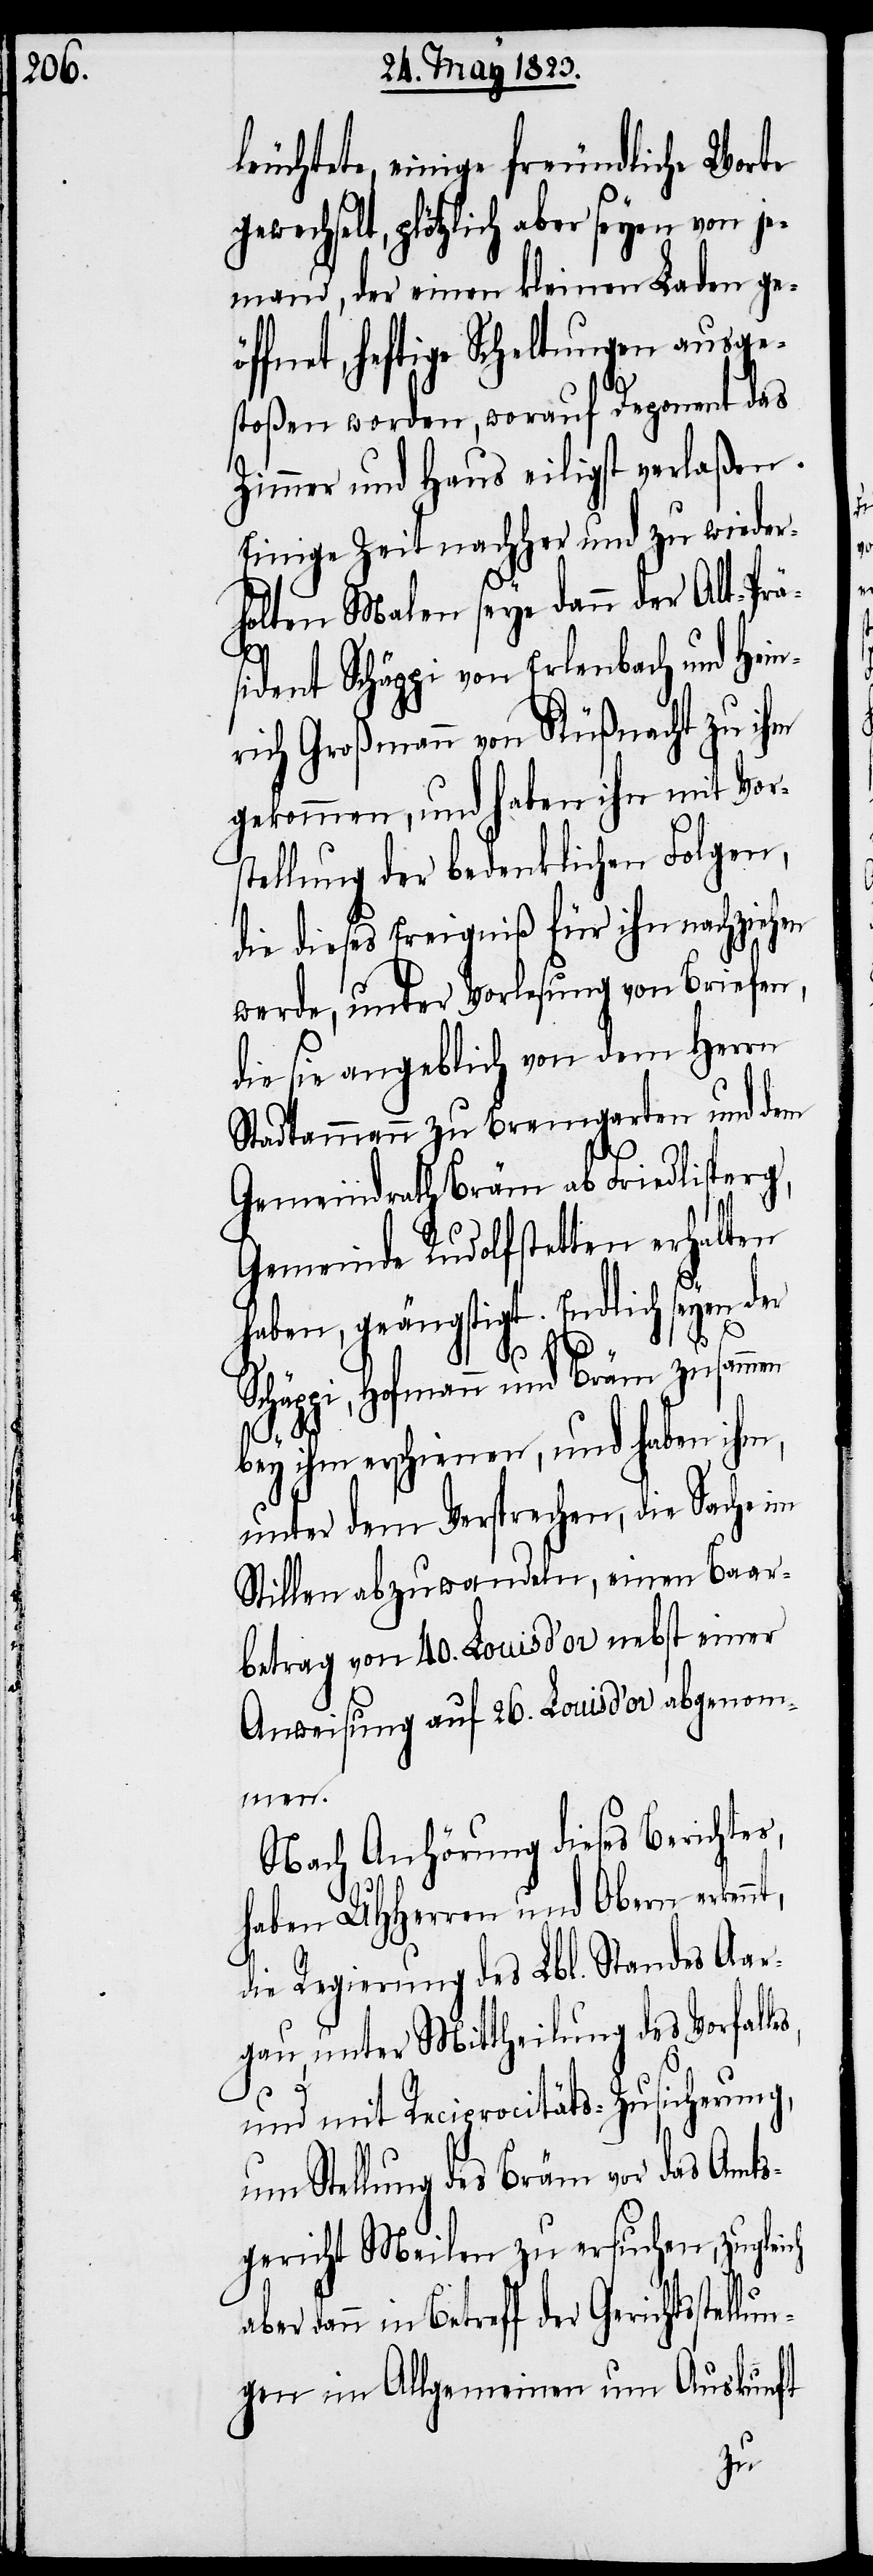
leuchtete, einige freundliche Worte
gewechselt, plötzlich aber seyen von je¬
mand, der einen kleinen Laden ge¬
öffnet, heftige Scheltungen ausge¬
stoßen worden, worauf Deponent das
Zimmer und Haus eiligst verlaßen.
Einige Zeit nachher und zu wieder¬
holten Malen seye dann der Alt-Prä¬
lun¬
sident Schäppi von Erlenbach und Hein¬
rich Großmann von Küßnacht zu ihm
gekommen, und haben ihn mit Vor¬
stellung der bedenklichen Folgen,
die dieses Ereigniß für ihn nachziehen
werde, unter Vorlesung von Briefen,
die sie angeblich von dem Herrn
Stadtammann zu Bremgarten und dem
Gemeindrath Bräm ab Friedlisper¬
Gemeinde Rudolfstetten erhalten
haben, geängstigt. Endlich seyen der
Schäppi, Hofmann und Bräm zusammen
bey ihm erschienen, und haben ihm,
unter dem Versprechen, die Sache im
Stillen abzuwandeln, einen Baar¬
betrag von 40. Louis d’or nebst einer
Anweisung auf 26. Louis d’or abgenom¬
men.
Nach Anhörung dieses Berichtes,
haben UHHerren und Obern erkenn¬
die Regierung des Lbl. Standes Aar¬
gau, unter Mittheilung des Vorfall¬
es,
und mit Reciprocitäts-Zusicherung,
um Stellung des Bräm vor das Amts¬
gericht Meilen zu ersuchen, zugleich
dann in Betreff der Gerichtsstel¬
gen im Allgemeinen um Auskunft